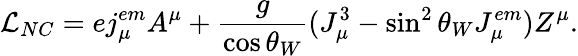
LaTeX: {\mathcal{L}}_{NC}=ej_{\mu}^{em}A^{\mu}+{\frac{g}{\cos\theta_{W}}}(J_{\mu}^{3}-\sin^{2}\theta_{W}J_{\mu}^{em})Z^{\mu}.